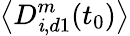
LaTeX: \left<D_{\mathit{i},d1}^{m}(t_{0})\right>